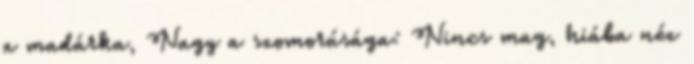
a madárka, Nagy a szomorúsága: Nincs mag, hiába néz